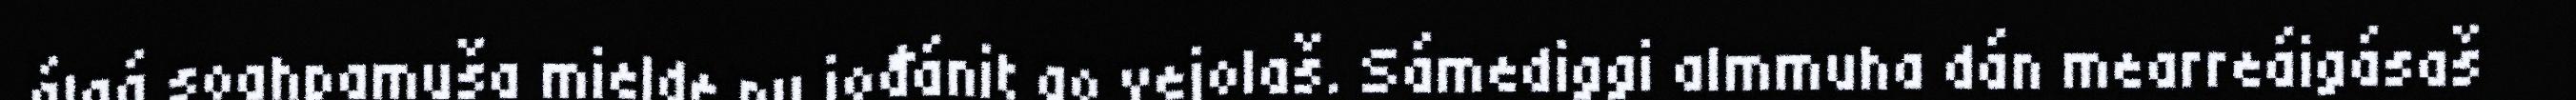
álgá soahpamuša mielde nu jođánit go vejolaš. Sámediggi almmuha dán mearreáigásaš